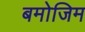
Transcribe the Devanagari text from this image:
बमोजिम